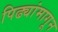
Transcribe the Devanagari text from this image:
पिढ्यांमागून